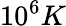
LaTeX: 10^{6}K